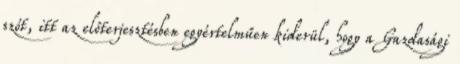
szót, itt az előterjesztésben egyértelműen kiderül, hogy a Gazdasági